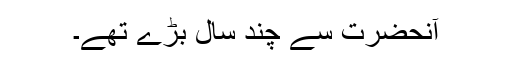
آنحضرت سے چند سال بڑے تھے۔